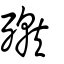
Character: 殧